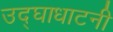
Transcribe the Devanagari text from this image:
उद्घाधाटनी